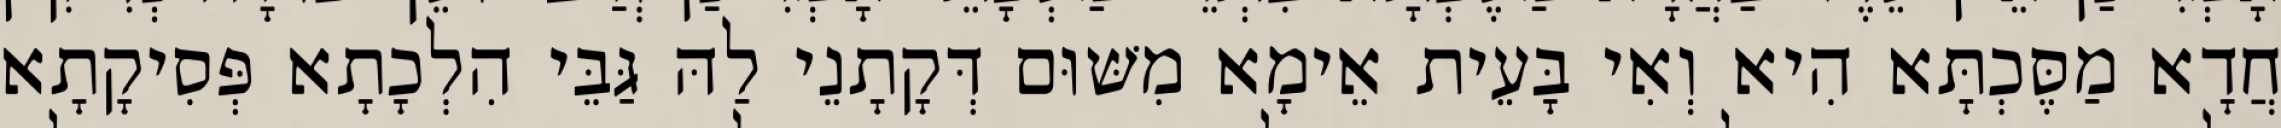
חֲדָא מַסֶּכְתָּא הִיא וְאִי בָּעֵית אֵימָא מִשּׁוּם דְּקָתָנֵי לַהּ גַּבֵּי הִלְכָתָא פְּסִיקָתָא